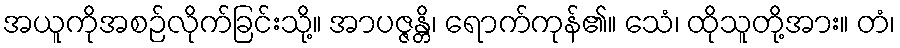
အယူကိုအစဉ်လိုက်ခြင်းသို့။ အာပဇ္ဇန္တိ၊ ရောက်ကုန်၏။ သေံ၊ ထိုသူတို့အား။ တံ၊